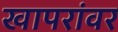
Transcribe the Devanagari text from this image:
खापरांवर